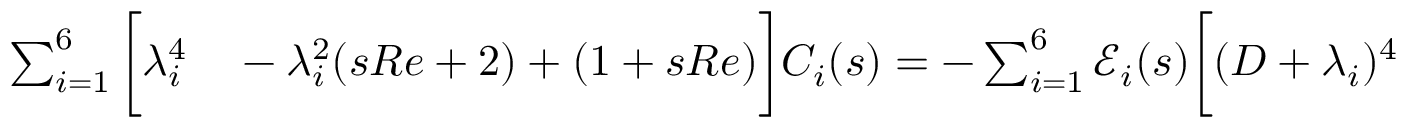
\begin{array} { r l } { \sum _ { i = 1 } ^ { 6 } \bigg [ \lambda _ { i } ^ { 4 } } & { { } - \lambda _ { i } ^ { 2 } ( s R e + 2 ) + ( 1 + s R e ) \bigg ] C _ { i } ( s ) = - \sum _ { i = 1 } ^ { 6 } \mathscr { E } _ { i } ( s ) \bigg [ ( D + \lambda _ { i } ) ^ { 4 } } \end{array}